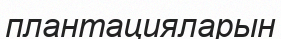
плантацияларын